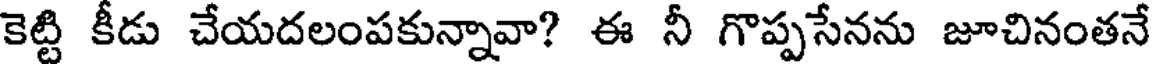
కెట్టి కీడు చేయదలంపకున్నావా? ఈ నీ గొప్పసేనను జూచినంతనే